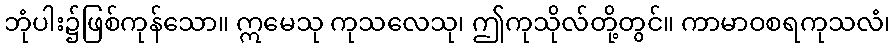
ဘုံပါး၌ဖြစ်ကုန်သော။ ဣမေသု ကုသလေသု၊ ဤကုသိုလ်တို့တွင်။ ကာမာဝစရကုသလံ၊